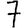
Digit: 7